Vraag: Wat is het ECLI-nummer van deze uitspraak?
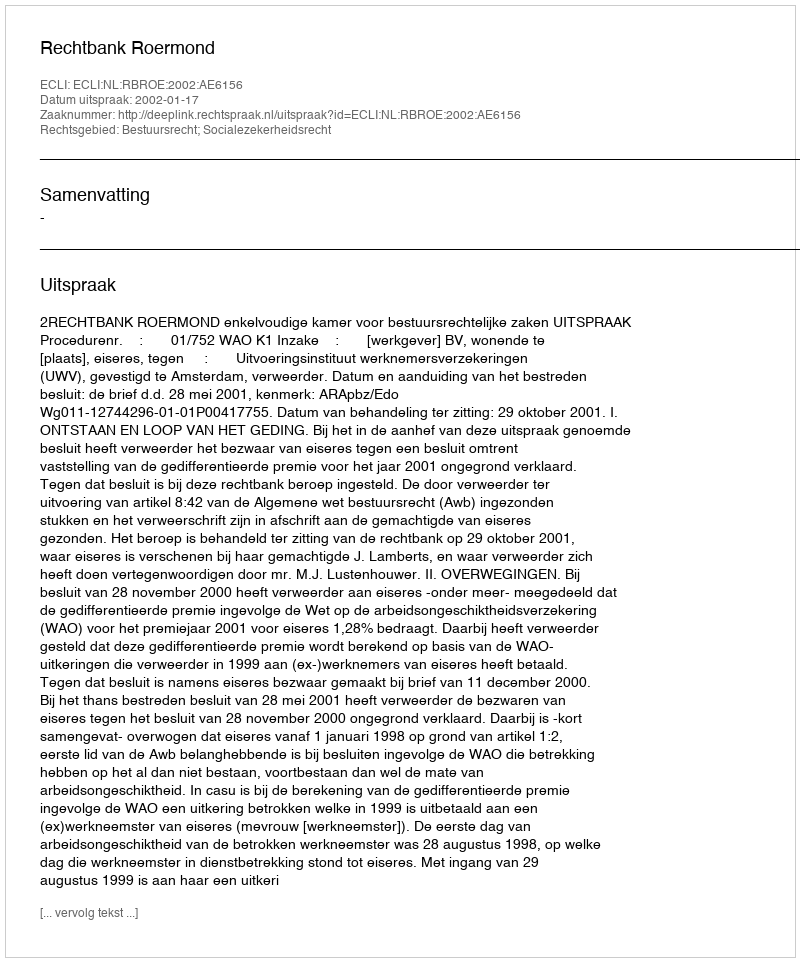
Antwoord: ECLI:NL:RBROE:2002:AE6156